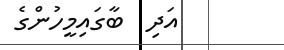
އަދި  ބާގައިމީހުންގެ